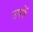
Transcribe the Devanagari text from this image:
उपरें